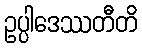
ဥပ္ပါဒေဿတီတိ